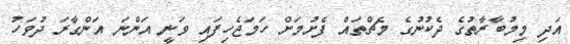
އަދި މިމުބާރާތުގެ ދެކުނުގެ މެޗްތައް ފެށުމަށް ހަމަޖެހިފައި ވަނީ އަންނަ އަންގާރަ ދުވަހު